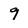
Character: 9